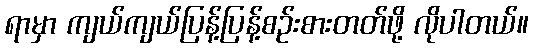
ရာမှာ ကျယ်ကျယ်ပြန့်ပြန့်စဉ်းစားတတ်ဖို့ လိုပါတယ်။